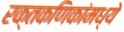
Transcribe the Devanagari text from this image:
रक्तकणिकांमध्ये